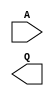
(* blackbox *)
module TEST_BEL(input wire A, output wire Q);
endmodule

module top(output wire q);
TEST_BEL cell_i(.A(q), .Q(q));
endmodule